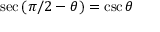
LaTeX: \sec \left( \pi / 2 - \theta \right) = \csc \theta